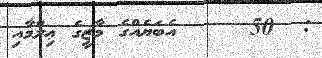
:  50     އެބަޔެއްގެ މާޒީގެ ޢިލްމާއި